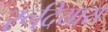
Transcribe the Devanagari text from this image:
रूदियास